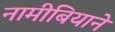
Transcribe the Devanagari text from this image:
नामीबियाने